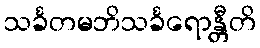
သင်္ခတမဘိသင်္ခရောန္တီတိ